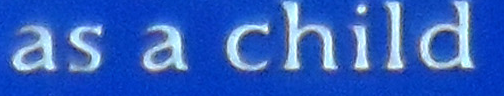
as a child